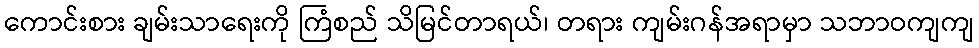
ကောင်းစား ချမ်းသာရေးကို ကြံစည် သိမြင်တာရယ်၊ တရား ကျမ်းဂန်အရာမှာ သဘာဝကျကျ